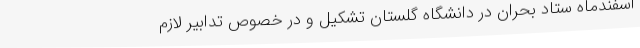
اسفندماه ستاد بحران در دانشگاه گلستان تشکیل و در خصوص تدابیر لازم